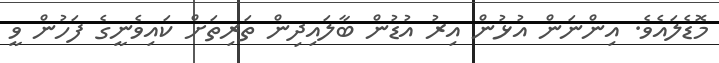
މޮޑެލައެވެ. އިންނަން އުޅުން އިރު އުޑުން ބާލައިދިން ތަރިތަށް ކައިވެނީގެ ފަހުން ވީ